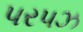
પરપઝ